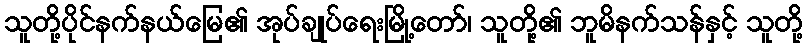
သူတို့ပိုင်နက်နယ်မြေ၏ အုပ်ချုပ်ရေးမြို့တော်၊ သူတို့၏ ဘူမိနက်သန်နှင့် သူတို့